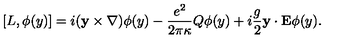
\lbrack L , \phi ( y ) ] = i ( { \bf y } \times { \bf \nabla } ) \phi ( y ) - \frac { e ^ { 2 } } { 2 \pi \kappa } Q \phi ( y ) + i \frac g 2 { \bf y \cdot E } \phi ( y ) .